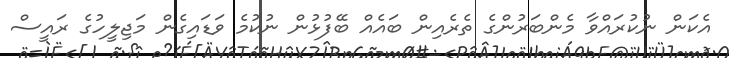
އެކަން ނުކުރައްވާ މެންބަރުންގެ ތެރެއިން ބައެއް ބޭފުޅުން ނުކުމެ ވަޑައިގެން މަޖިލީހުގެ ރައީސް